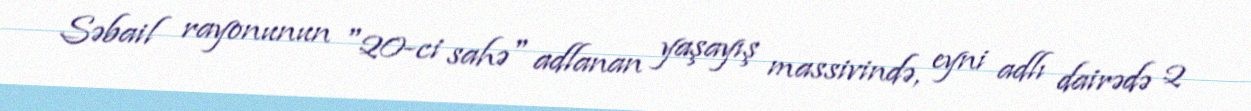
Səbail rayonunun "20-ci sahə" adlanan yaşayış massivində, eyni adlı dairədə 2